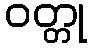
ဝတ္တု